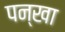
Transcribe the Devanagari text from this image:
पन्खा